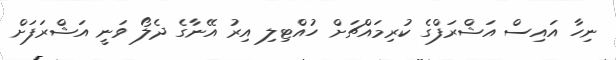
ނިހާ އައިސް އަޝްރަފްގެ ކުރިމައްޗަށް ހުއްޓިލި އިރު އޭނާގެ ދެލޯ ވަނީ އަޝްރަފަށް